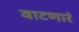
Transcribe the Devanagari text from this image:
वाटणारं